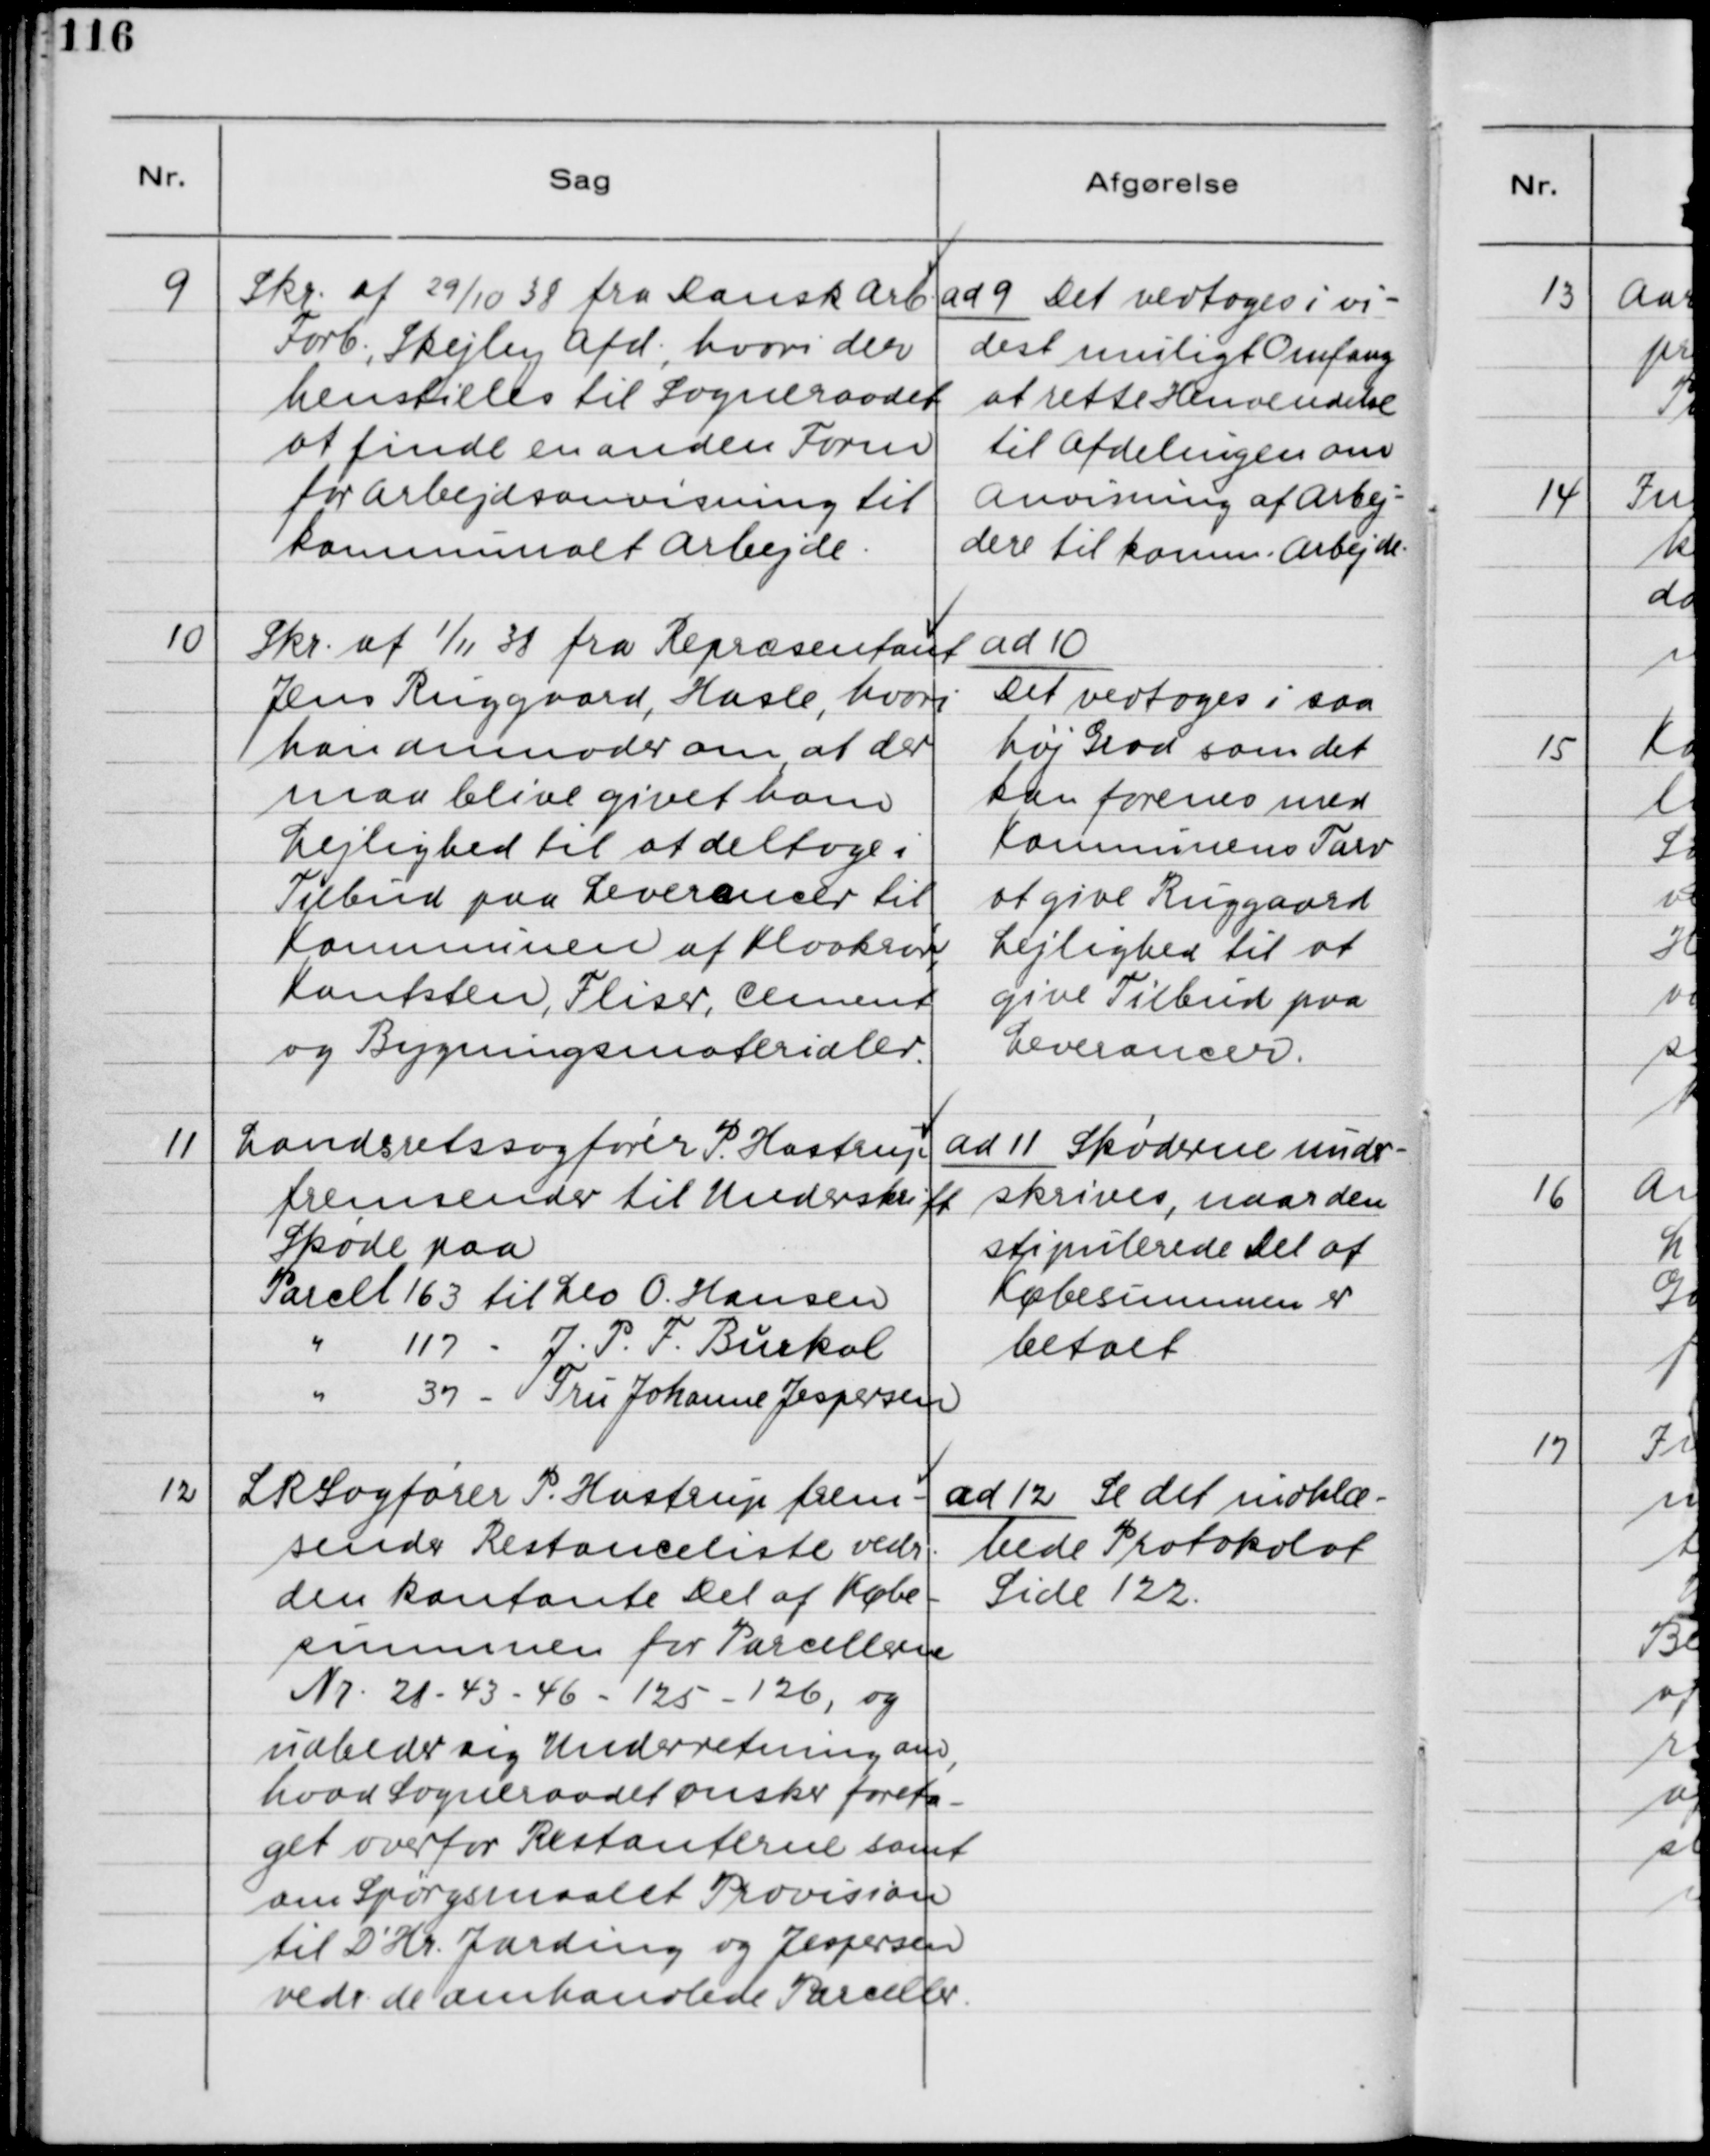
Transskription:
9. Skr. af 29/10 38 fra Dansk Arb.
Forb., Skejby Afd., hvori der
henstilles til Sogneraadet
at finde en anden Form
for Arbejdsanvisning til
kommunalt Arbejde.

ad 9. Det vedtoges i vi-
dest muligt Omfang
at rette Henvendelse
til Afdelingen om
Anvisning af Arbej-
dere til komm. Arbejde.

10. Skr. af 1/11 38 fra Repræsentant
Jens Ringgaard, Hasle, hvori
han anmoder om, at der
maa blive givet ham
Lejlighed til at deltage i
Tilbud paa Leverancer til
Kommunen af Kloakrør,
Kantsten, Fliser, Cement
og Bygningsmaterialer.

ad 10.
Det vedtoges i saa
høj Grad som det
kan forenes med
Kommunens Tarv
at give Ringgaard
Lejlighed til at
give Tilbud paa
Leverancer.

11. Landretssagfører P. Hastrup
fremsender til Underskrift
Skøde paa
Parcel 163 til Leo O. Hansen
" 117 - J. P. F. Burkol
" 37 - Fru Johanne Jespersen

ad 11. Skøderne under-
skrives, naar den
stipulerede Del af
Købesummen er
betalt.

12. LRSagfører P. Hastrup frem-
sender Restanceliste vedr.
den Kontante Del af Købe-
summen for Parcellerne
Nr. 21 - 43 - 46 - 125 - 126, og
udbeder sig Underretning om,
hvad Sogneraadet ønsker foreta-
get overfor Restanterne samt
om Spørgsmaalet Provision
til D´Hr. Jarding og Jespersen
vedr. de omhandlede Parceller.

ad 12. Se det indklæ-
bede Protokolat
Side 122.